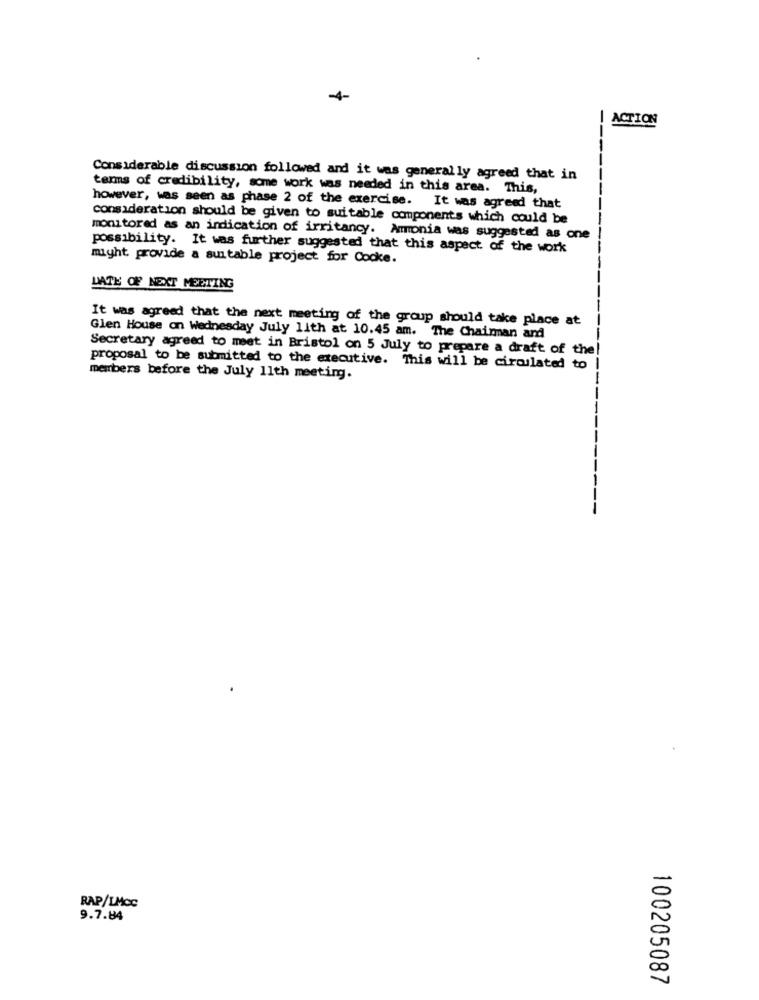
! ACTION
--
Considerable discussion followed and it was generally agreed that in
terms of credibility, some work was needed in this area. This,
however, was seen as phase 2 of the exercise. It was agreed that
consideration should be given to suitable components which could be
monitored as an indication of irritancy. Ammonia was suggested as one
possibility. It was further suggested that this aspect of the work
might provide a suitable project for Cooke.
LATE OF NEXT MEETING
It was agreed that the next meeting of the group should take place at
Glen House on Wednesday July lith at 10.45 am. The Chairman and
Secretary agreed to meet in Bristol on 5 July to prepare a draft of the!
proposal to be submitted to the executive. This will be circulated to |
members before the July 11th meeting.
RAP/LMoc
9.7.84
100205087